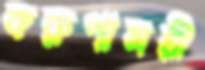
করুণাময়ী